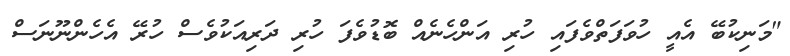
"މަނިކުބޭ އެއީ ހުވަފަތްވެފައި ހުރި އަންހެނެއް ބޮޑުވެފަ ހުރި ދަރިއަކުވެސް ހުރޭ އެހެންނޫނަސް